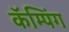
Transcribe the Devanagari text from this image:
कॅम्पिंग